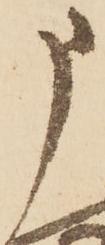
申